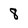
Character: 8